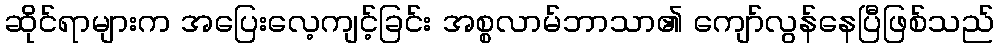
ဆိုင်ရာများက အပြေးလေ့ကျင့်ခြင်း အစ္စလာမ်ဘာသာ၏ ကျော်လွန်နေပြီဖြစ်သည်